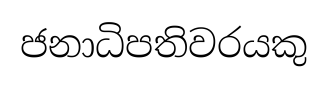
ජනාධිපතිවරයකු